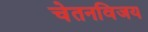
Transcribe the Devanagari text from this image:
चेतनविजय